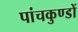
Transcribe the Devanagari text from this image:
पांचकुण्डों